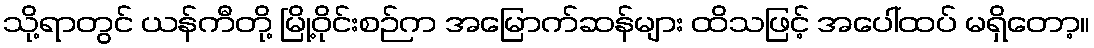
သို့ရာတွင် ယန်ကီတို့ မြို့ဝိုင်းစဉ်က အမြောက်ဆန်များ ထိသဖြင့် အပေါ်ထပ် မရှိတော့။